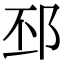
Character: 邳